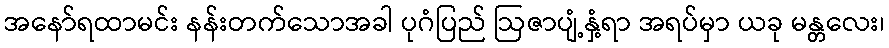
အနော်ရထာမင်း နန်းတက်သောအခါ ပုဂံပြည် ဩဇာပျံ့နှံ့ရာ အရပ်မှာ ယခု မန္တလေး၊